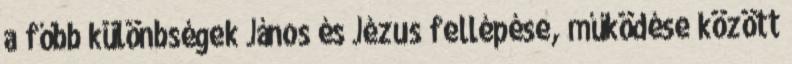
a főbb különbségek János és Jézus fellépése, működése között